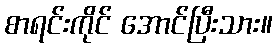
စာရင်းကိုင် အောင်ပြီးသား။